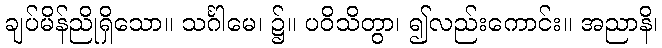
ချပ်မိန်ညိုရှိသော။ သင်္ဂါမေ၊ ၌။ ပဝိသိတွာ၊ ၍လည်းကောင်း။ အညာနိ၊